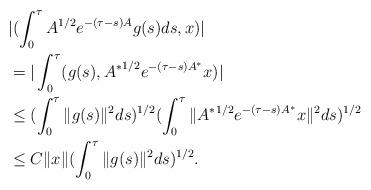
LaTeX: \begin{align*}&| (\int_0^\tau A^{1/2} e^{-(\tau -s) A} g(s) ds, x) | \\&= |\int_0^\tau (g(s) , {A^*}^{1/2} e^{-(\tau -s) A^*} x) |\\&\le (\int_0^\tau \| g(s) \|^2 ds)^{1/2} ( \int_0^\tau \| {A^*}^{1/2} e^{-(\tau -s) A^*} x \|^2 ds)^{1/2}\\&\le C \| x \| (\int_0^\tau \| g(s) \|^2 ds)^{1/2}. \end{align*}